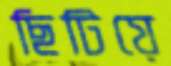
ছিটিয়ে